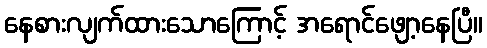
နေစားလျက်ထားသောကြောင့် အရောင်ဖျော့နေပြီ။